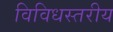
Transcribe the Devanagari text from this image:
विविधस्तरीय